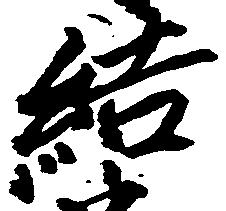
結